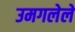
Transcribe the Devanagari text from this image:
उमगलेले